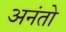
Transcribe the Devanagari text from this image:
अनंतो